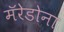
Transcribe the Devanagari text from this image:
मॅरेडोना